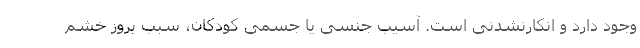
وجود دارد و انکارنشدنی است. آسیب جنسی یا جسمی کودکان، سبب بروز خشم